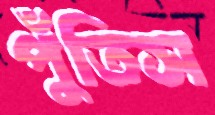
পুঁতিস